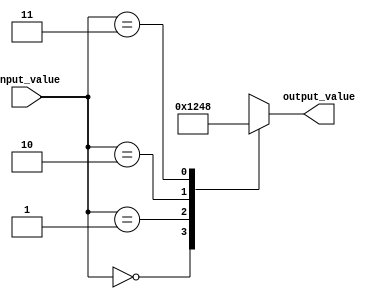
module full_case_statement (
    input [1:0] input_value,
    output reg [3:0] output_value
);

always @(*)
begin
    case(input_value)
        2'b00: output_value = 4'b0001;
        2'b01: output_value = 4'b0010;
        2'b10: output_value = 4'b0100;
        2'b11: output_value = 4'b1000;
        default: output_value = 4'b0000;
    endcase
end

endmodule